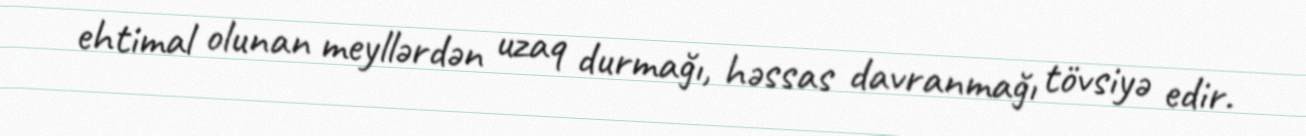
ehtimal olunan meyllərdən uzaq durmağı, həssas davranmağı tövsiyə edir.